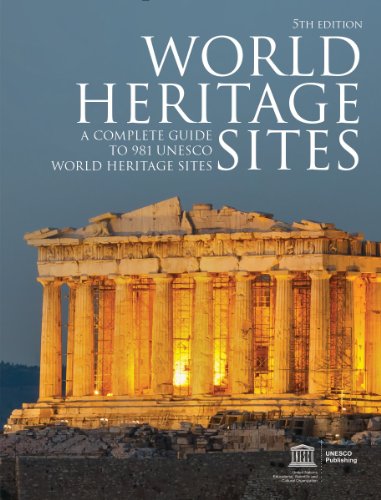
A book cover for World Heritage Sites: A Complete Guide to 981 UNESCO World Heritage Sites; UNESCO; Arts & Photography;